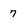
Character: 7